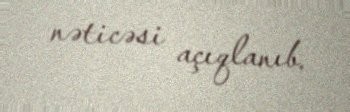
nəticəsi açıqlanıb.